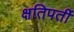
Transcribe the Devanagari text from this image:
क्षतिपर्ती